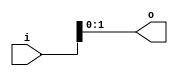
module bsg_concentrate_static_03
(
  i,
  o
);

  input [4:0] i;
  output [1:0] o;
  wire [1:0] o;
  assign o[1] = i[1];
  assign o[0] = i[0];

endmodule